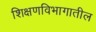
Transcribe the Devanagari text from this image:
शिक्षणविभागातील